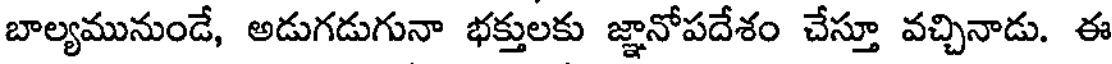
బాల్యమునుండే, అడుగడుగునా భక్తులకు జ్ఞానోపదేశం చేస్తూ వచ్చినాడు. ఈ